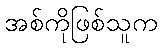
အစ်ကိုဖြစ်သူက